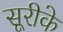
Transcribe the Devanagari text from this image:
सूरीके